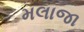
મલાજા